Report of the Bombay Plague Committee
Disease focus: Plague
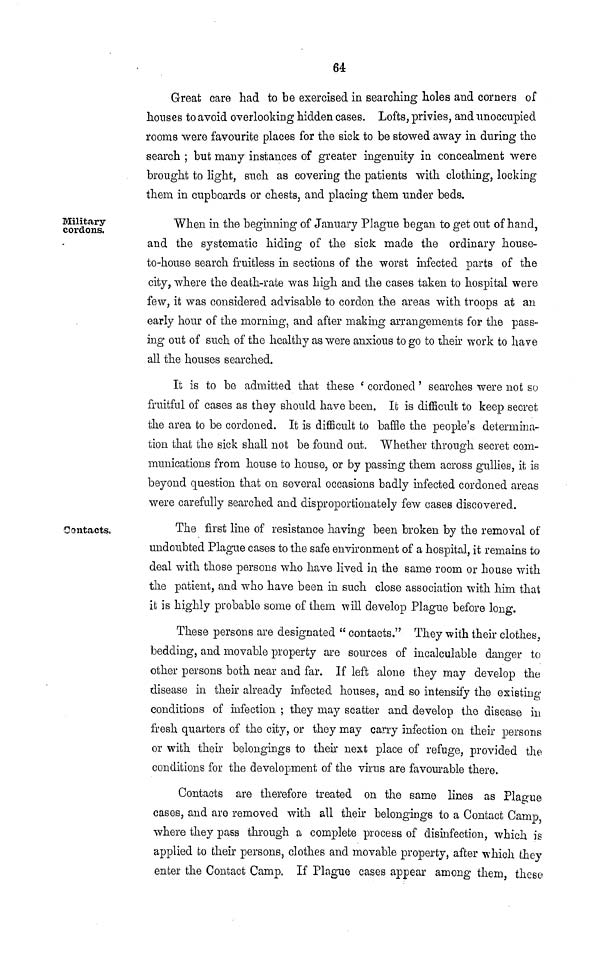
64
Great care had to be exercised in searching holes and corners of
houses to avoid overlooking hidden cases. Lofts, privies, and unoccupied
rooms were favourite places for the sick to be stowed away in during the
search ; but many instances of greater ingenuity in concealment were
brought to light, such as covering the patients with clothing, locking
them in cupboards or chests, and placing them under beds.
Military
cordons.
When in the beginning of January Plague began to get out of hand,
and the systematic hiding of the sick made the ordinary house-
to-house search fruitless in sections of the worst infected parts of the
city, where the death-rate was high and the cases taken to hospital were
few, it was considered advisable to cordon the areas with troops at an
early hour of the morning, and after making arrangements for the pass-
ing out of such of the healthy as were anxious to go to their work to have
all the houses searched.
It is to be admitted that these 'cordoned' searches were not so
fruitful of cases as they should have been. It is difficult to keep secret
the area fco be cordoned. It is difficult to baffle the people's determina-
tion that the sick shall not be found out. Whether through secret com-
munications from house to house, or by passing them across gullies, it is
beyond question that on several occasions badly infected cordoned areas
were carefully searched and disproportionately few cases discovered.
Contacts.
The first line of resistance having been broken by the removal of
undoubted Plague cases to the safe environment of a hospital, it remains to
deal with those persons who have lived in the same room or house with
the patient, and who have been in such close association with him that
it is highly probable some of them will develop Plague before long.
These persons are designated "contacts." They with their clothes,
bedding, and movable property are sources of incalculable danger to
other persons both near and far. If left alone they may develop the
disease in their already infected houses, and so intensify the existing
conditions of infection ; they may scatter and develop the disease in
fresh quarters of the city, or they may carry infection on their persons
or with their belongings to their next place of refuge, provided the
conditions for the development of the virus are favourable there.
Contacts are therefore treated on the same lines as Plague
cases, and are removed with all their belongings to a Contact Camp
where they pass through a complete process of disinfection, which is
applied fco their persons, clothes and movable property, after which they
enter the Contact Camp, If Plague cases appear among them, these